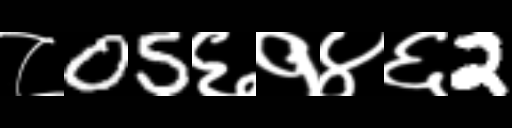
Text: ८05६१४६2